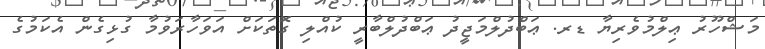
މަޝްހޫރު ޢިލްމުވެރިޔާ ޑރ. ޢަބްދުލްމަޖީދު ޢަބްދުލްބާރީ ކުއްލި ގޮތަކަށް އަވަހާރަވުމާ ގުޅިގެން އެކަމުގެ